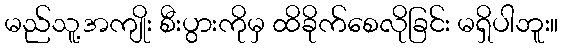
မည်သူ့အကျိုး စီးပွားကိုမှ ထိခိုက်စေလိုခြင်း မရှိပါဘူး။